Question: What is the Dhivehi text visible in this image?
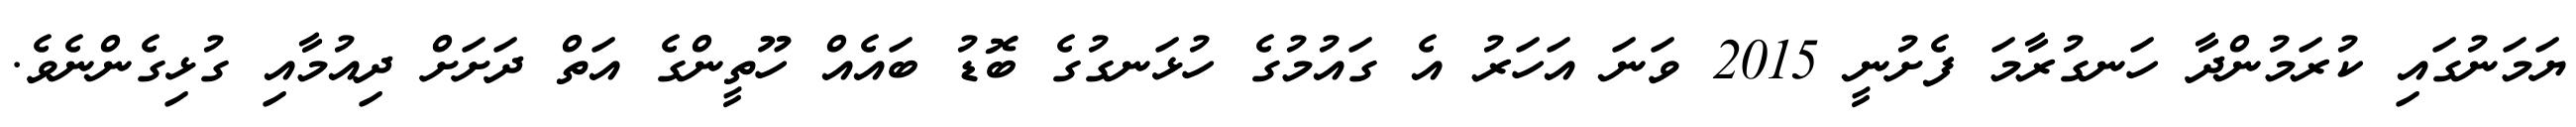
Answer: ޔަމަނުގައި ކުރަމުންދާ ހަނގުރާމަ ފެށުނީ 2015 ވަނަ އަހަރު އެ ގައުމުގެ ހުޅަނގުގެ ބޮޑު ބައެއް ހޫތީންގެ އަތް ދަށަށް ދިއުމާއި ގުޅިގެންނެވެ.